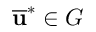
\overline { { \mathbf { u } } } ^ { * } \in G